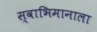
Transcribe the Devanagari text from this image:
स्वाभिमानाला